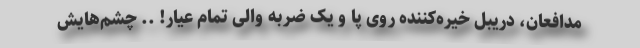
مدافعان، دریبل خیره‌کننده روی پا و یک ضربه والی تمام عیار! .. چشم‌هایش